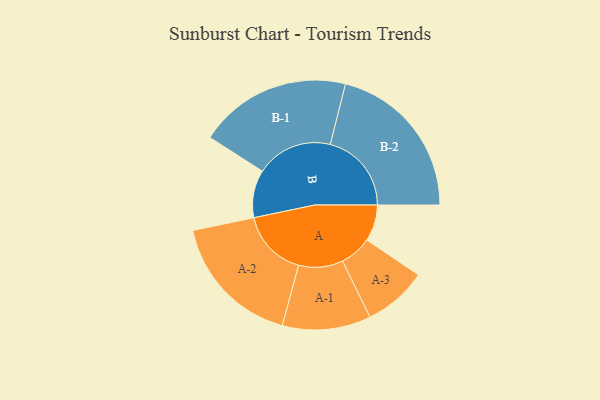
{"axis": {"x": "Segment", "y": "Value"}, "legend": ["", "A", "B"], "data": [{"x": "A", "y": 130, "type": ""}, {"x": "B", "y": 170, "type": ""}, {"x": "A-1", "y": 158, "type": "A"}, {"x": "A-2", "y": 241, "type": "A"}, {"x": "A-3", "y": 114, "type": "A"}, {"x": "B-1", "y": 273, "type": "B"}, {"x": "B-2", "y": 290, "type": "B"}]}